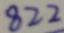
8 2 2